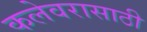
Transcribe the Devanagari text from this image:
कलेवरासाठी